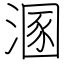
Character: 溷